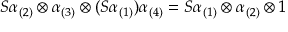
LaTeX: S \alpha _ { ( 2 ) } \otimes \alpha _ { ( 3 ) } \otimes ( S \alpha _ { ( 1 ) } ) \alpha _ { ( 4 ) } = S \alpha _ { ( 1 ) } \otimes \alpha _ { ( 2 ) } \otimes 1